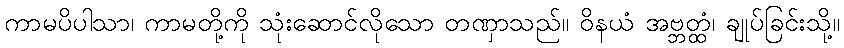
ကာမပိပါသာ၊ ကာမတို့ကို သုံးဆောင်လိုသော တဏှာသည်။ ဝိနယံ အဗ္ဘတ္ထံ၊ ချုပ်ခြင်းသို့။